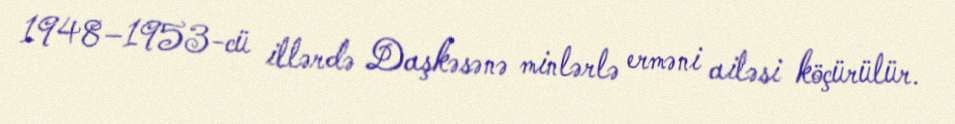
1948–1953-cü illərdə Daşkəsənə minlərlə erməni ailəsi köçürülür.